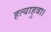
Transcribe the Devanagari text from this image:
हत्याहुवा।